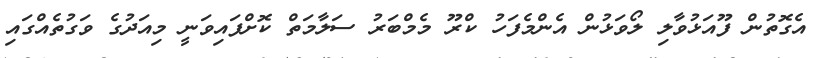
އެގޮތުން ފޫއަޅުވާލި ލޯވަޅުން އެންމެފަހު ކްރޫ މެމްބަރު ސަލާމަތް ކޮށްފައިވަނީ މިއަދުގެ ވަގުތެއްގައި